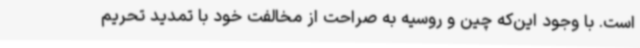
است. با وجود این‌که چین و روسیه به صراحت از مخالفت خود با تمدید تحریم